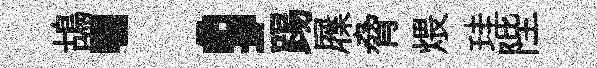
鴣；踢屧脅煨珪陛